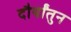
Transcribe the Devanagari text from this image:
दौर्यांतुन